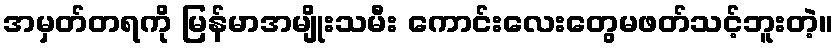
အမှတ်တရကို မြန်မာအမျိုးသမီး ကောင်းလေးတွေမဖတ်သင့်ဘူးတဲ့။